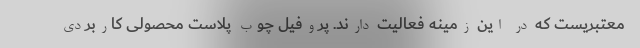
معتبریست که در این زمینه فعالیت دارند. پروفیل چوب پلاست محصولی کاربردی